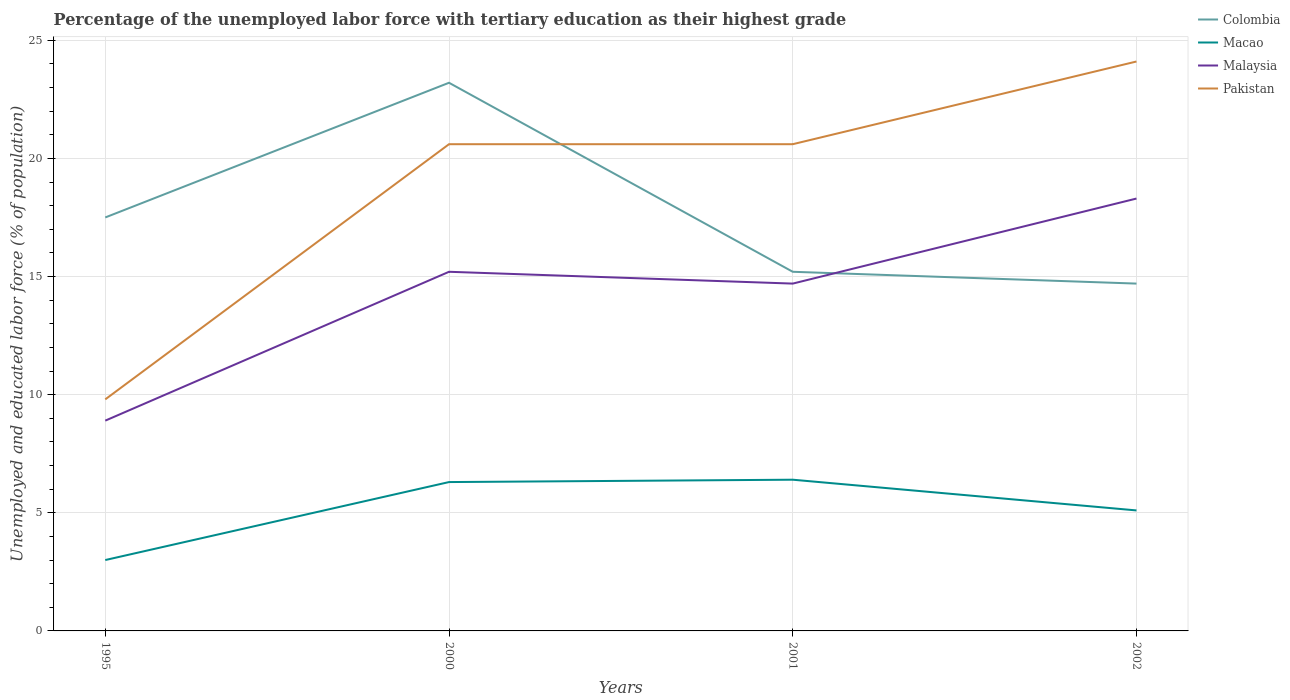
| Years | Colombia | Macao | Malaysia | Pakistan |
 | --- | --- | --- | --- | --- |
 | 1995 | 17.5 | 3 | 8.9 | 9.8 |
 | 2000 | 23.2 | 6.3 | 15.2 | 20.6 |
 | 2001 | 15.2 | 6.4 | 14.7 | 20.6 |
 | 2002 | 14.7 | 5.1 | 18.3 | 24.1 |